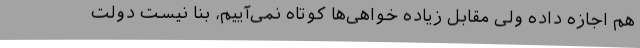
هم اجازه داده ولی مقابل زیاده خواهی‌ها کوتاه نمی‌آییم، بنا نیست دولت